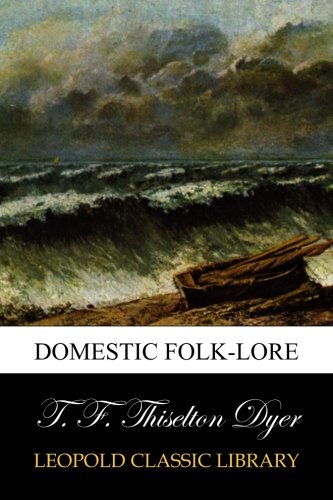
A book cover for Domestic folk-lore; T. F. Thiselton Dyer; Religion & Spirituality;